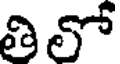
తిలో